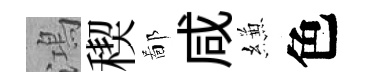
鴻稧鄙咸縑色